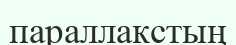
параллакстың